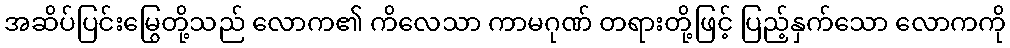
အဆိပ်ပြင်းမြွေတို့သည် လောက၏ ကိလေသာ ကာမဂုဏ် တရားတို့ဖြင့် ပြည့်နှက်သော လောကကို